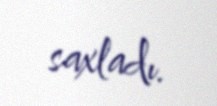
saxladı.